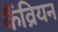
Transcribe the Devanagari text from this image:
कैंव्रियन